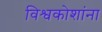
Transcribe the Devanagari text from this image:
विश्वकोशांना